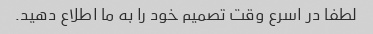
لطفا در اسرع وقت تصمیم خود را به ما اطلاع دهید.